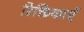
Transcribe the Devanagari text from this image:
रिक्तिकाएँ